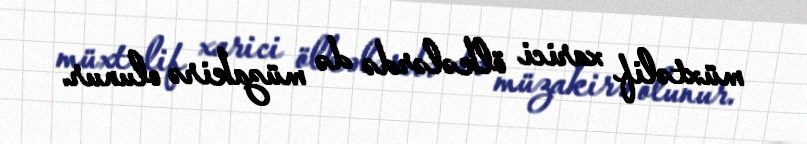
müxtəlif xarici ölkələrdə də müzakirə olunur.